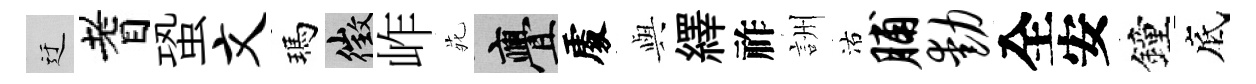
迂耆蛩文瑪徵岞𫟍亹𠁅𫤰繹祚詶沽脯动全安鐘底